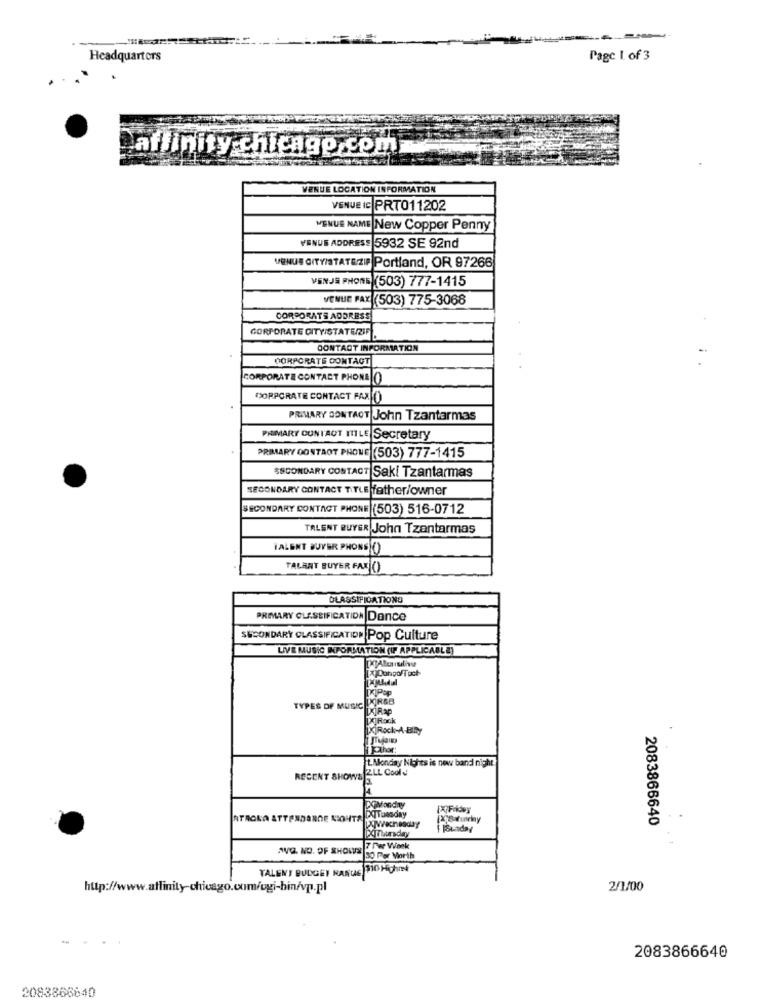
--
Headquarters
Page 1 of 3
affinity chicago com
VENUE LOCATION INFORMATION
VENUE IC PRTO11202
MENUE NAME|New Copper Penny
VENUS ADDRESS 5932 SE 92nd
VENUS CITY/STATEZIP Portland, OR 97266
VENJS PHONE (503) 777-1415
VENUE FAX (503) 775-3068
CORPORATE ADDRESS
CORPORATE CITYISTATERZIF
CONTACT INFORMATION
CORPORATE CONTACT
CORPORATE CONTACT PHONE[O
CORPORATE CONTACT FAX ()
PRIMARY CONTACT John Tzantarmas
PRIMARY CONTACT HILE Secretary
PRIMARY DONTAOT PHONE (503) 777-1415
SECONDARY CONTACT Saki Tzantarmas
SECONDARY CONTACT TITLE father/owner
SECONDARY CONTACT PHONE (503) 516-0712
TALENT BUYER John Tzentarmas
VALENT BUYER PHONS ()
TALAAT BUYER FAX ()
CLASSIFICATIONS
PRIMARY CLASSIFICATIDA Dance
SECONDARY CLASSIFICATION Pop Culture
LIVE MUSIC INFORMATION (IF APPLICABLE)
KİPap
TYPES OF MUSIC PINS
KjRap
KROCK
TXTRock-A-BIRY
HPhar:
t.Monday Nights is new band night
2LL Cool J
RECENT SHOWSJELL
DOMonday
ATK
ATTENDANCE MEOUTA PATURSday
2083866640
1 Sunday
AVO. NO. OF SHOWS IL
7 Per Week
30 Per Morth
TALENT BUDGET KANTAE
http://www.affinity-chicago.com/ugi-bin/vp.pl
2/1/00
-
2083866640
2083866640